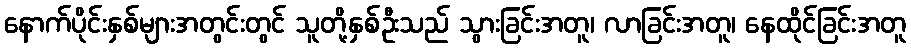
နောက်ပိုင်းနှစ်များအတွင်းတွင် သူတို့နှစ်ဦးသည် သွားခြင်းအတူ၊ လာခြင်းအတူ၊ နေထိုင်ခြင်းအတူ